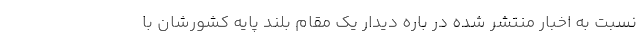
نسبت به اخبار منتشر شده در باره دیدار یک مقام بلند پایه کشورشان با